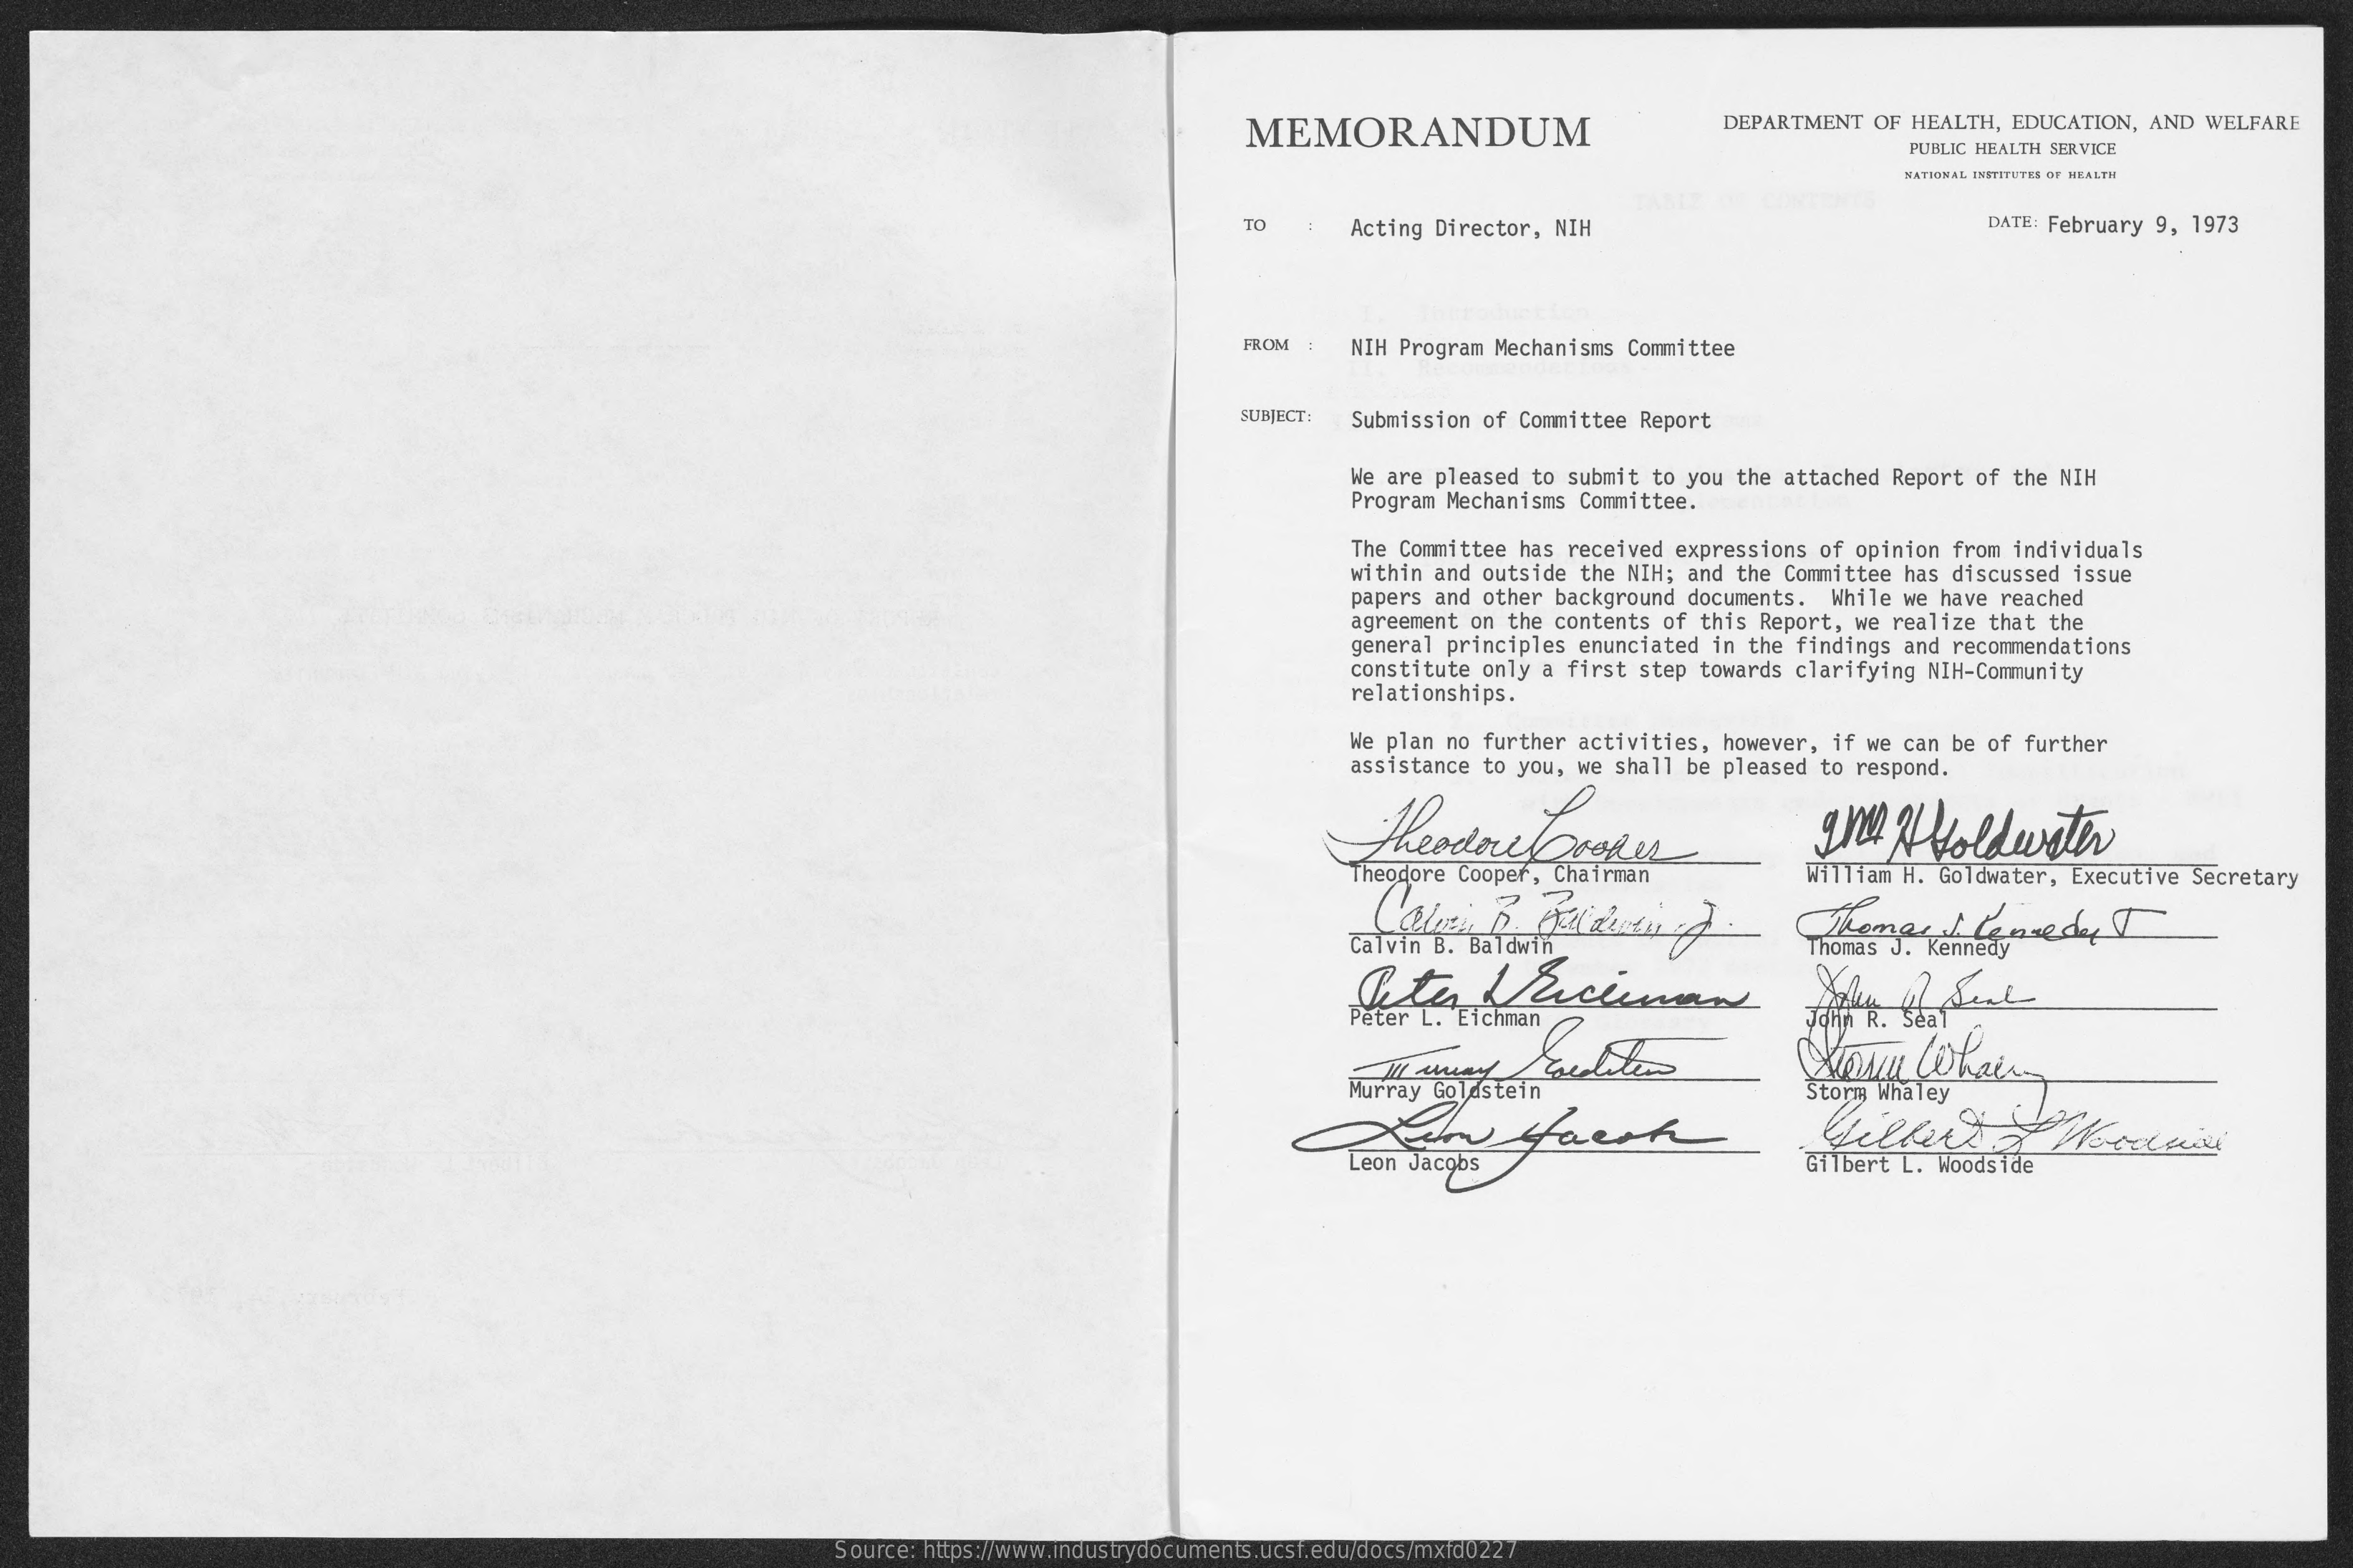
MEMORANDUM    DEPARTMENT   OF HEALTH,  EDUCATION,  AND WELFARE
     PUBLIC HEALTH SERVICE
     NATIONAL INSTITUTES OF HEALTH
     TO    Acting Director, NIH    DATE: February 9, 1973
     FROM :   NIH Program Mechanisms Committee
     SUBJECT:  Submission of Committee Report
     We are pleased to submit  to you the attached Report  of the NIH
     Program Mechanisms Committee.
     The Committee has received  expressions of opinion  from individuals
     within and outside the NIH;  and the Committee  has discussed issue
     papers and other background  documents.  While we  have reached
     agreement on the contents  of this Report, we realize  that the
     general principles enunciated  in the findings and  recommendations
     constitute only a first  step towards clarifying NIH-Community
     relationships.
     We plan no further activities,  however, if we can be of  further
     assistance to you, we  shall be pleased to respond.
     theodore    tropes    In    AHoldwater
     heodore Cooper, Chairman    William H. Goldwater,  Executive Secretary
     Calvin B. Baldwin
     Thomasl    Causedyy
     Thomas J. Kennedy
     Peter L. Eichman    John R. Seaf
     wu   Whair
     Murray Goldstein    Storm Whaley
     Leon Jacobs    Gilbert L. Woodside
     Source: https://www.industrydocuments.ucsf.edu/docs/mxfd0227